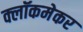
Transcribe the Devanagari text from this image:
क्लॉकमेकर